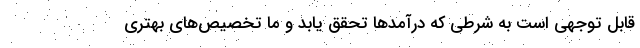
قابل توجهی است به شرطی که درآمدها تحقق یابد و ما تخصیص‌های بهتری